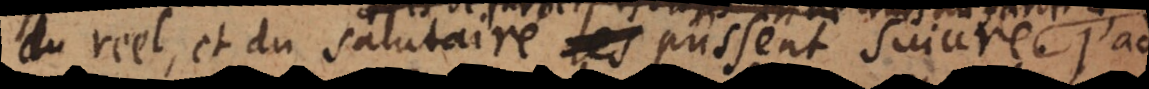
du reel, et du salutaire pussent suivre